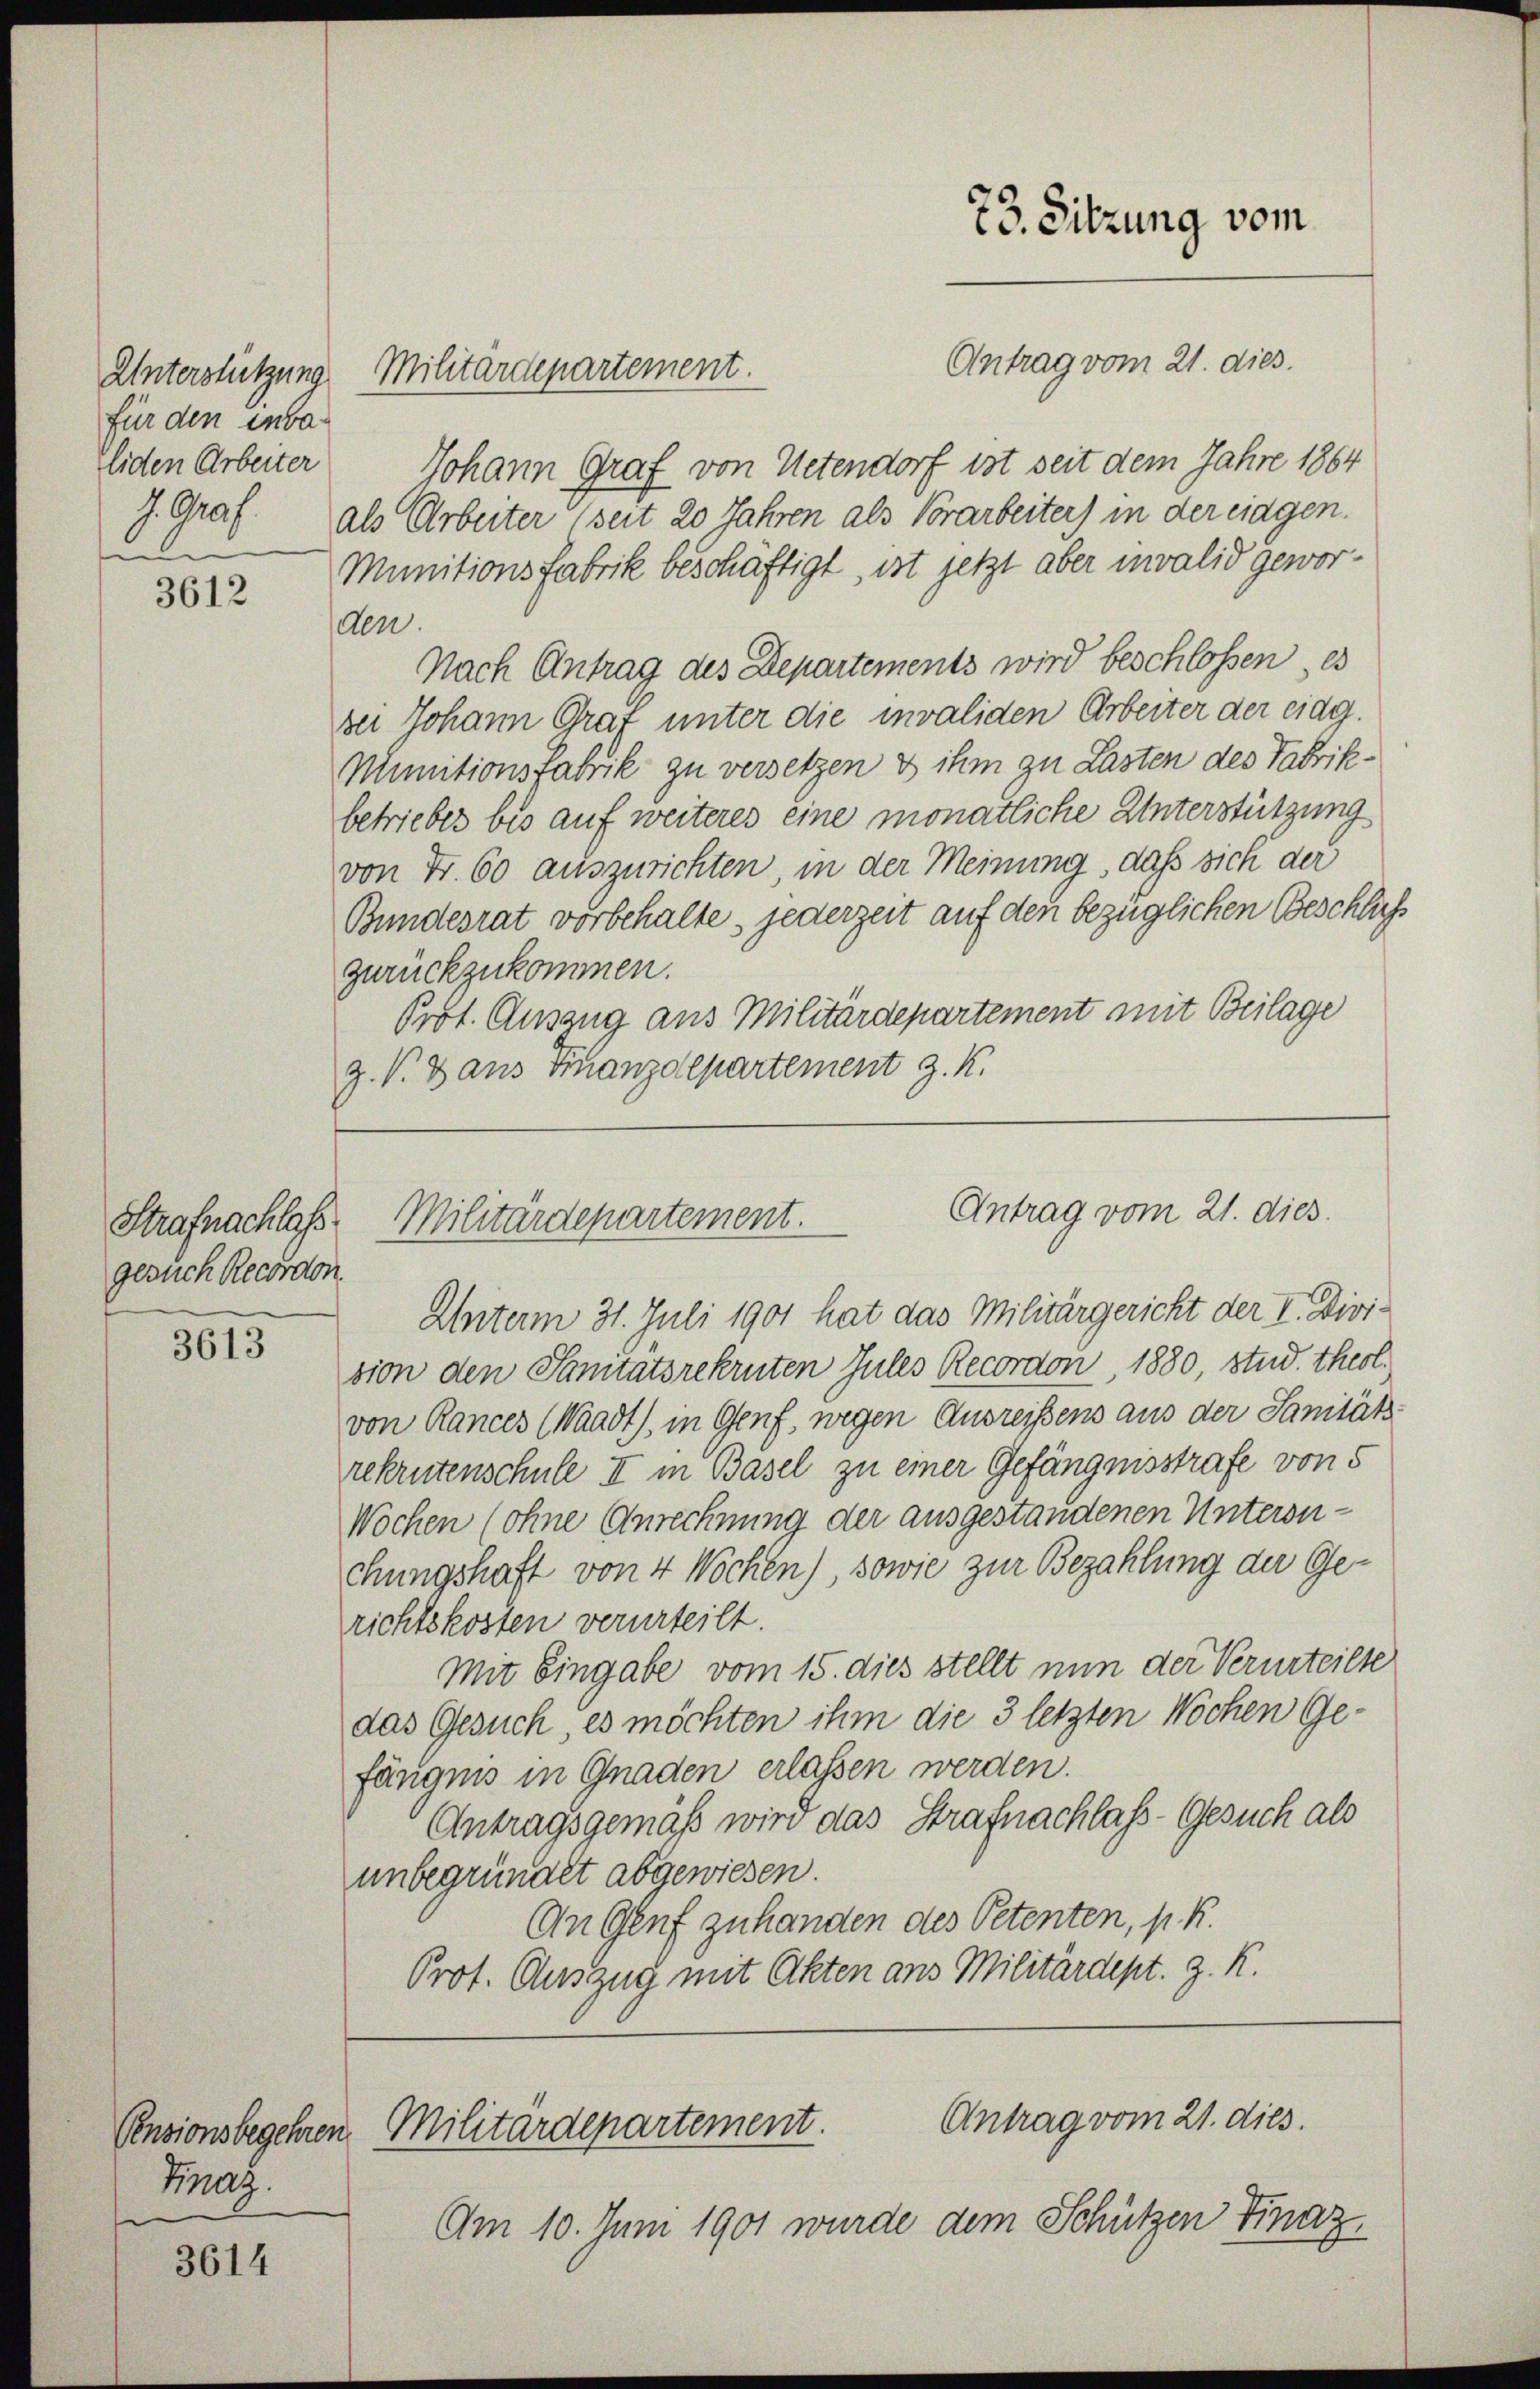
für den inba
Eliden Arbeiter

3612

Strafnachlass
gesuch Recordon

3613

3614

Fnaz

Unterstützung Militärdepartement.

Johann Graf von Uetendorf ist seit dem Jahre 1864
J. Graf. als Arbeiter (seit 20 Jahren als Vorarbeiter) in der eingen.
Munitionsfabrik beschäftigt, ist jetzt aber invalid geworden.
Nach Antrag des Departements wird beschlossen, es
sei Johann Graf unter die invaliden Arbeiter der eidg.
Munitionsfabrik zu versetzen & ihm zu Lasten des Fabrikbetriebes bis auf weiteres eine monatliche Unterstützung
von Fr. 60 auszurichten, in der Meinung, daß sich der
Bundesrat vorbehalte, jederzeit auf den bezüglichen Beschluß
zurückzukommen.
Prot. Ansang aus Militärdepartement mit Beilage
Z. V. Dans Finanzdepartement z. K.

Unterm 31. Juli 1901 hat das Militärgericht der I. Division den Sanitätsrekruten Jules Recordon, 1880, stud. theol.
von Rances (Waadt, in Genf, wegen Ausreißens aus der Sanitäts-
rekrutenschule II in Basel zu einer Gefängnisstrafe von 5
Wochen (ohne Anrechnung der ausgestandenen Untersuchungshaft von 4 Wochen), sowie zur Bezahlung der Gerichtskosten verurteilt.
Mit Eingabe vom 15. dies stellt nun der Verurteilte
das Gesuch, es möchten ihm die 3 letzten Wochen Ge-
fängnis in Gnaden erlassen werden.
Antragsgemäß wird das Strafnachlass-Gesuch als
unbegründet abgewiesen.
An Genf zu handen des Petenten, p. R.
Prot. Auszug mit Akten aus Militärdept. z. R.

Antrag vom 21. dies

Antrag vom 21. dies
Militärdepartement.

73. Sitzung vom

Antrag vom 21. dies.
Pensionsbegehren. Militärdepartement.

Am 10. Juni 1901 wurde dem Schützen Finaz